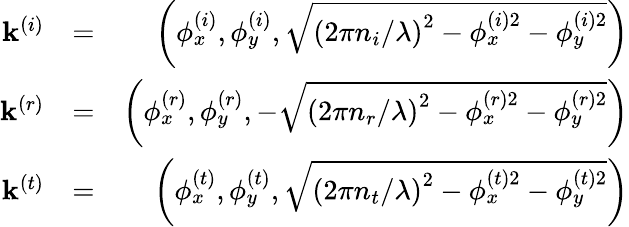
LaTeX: \begin{array}{rlr}{\mathbf{k}^{\left(i\right)}}&{=}&{\left(\phi_{x}^{\left(i\right)},\phi_{y}^{\left(i\right)},\sqrt{\left(2\pi n_{i}/\lambda\right)^{2}-\phi_{x}^{\left(i\right)2}-\phi_{y}^{\left(i\right)2}}\right)}\\ {\mathbf{k}^{\left(r\right)}}&{=}&{\left(\phi_{x}^{\left(r\right)},\phi_{y}^{\left(r\right)},-\sqrt{\left(2\pi n_{r}/\lambda\right)^{2}-\phi_{x}^{\left(r\right)2}-\phi_{y}^{\left(r\right)2}}\right)}\\ {\mathbf{k}^{\left(t\right)}}&{=}&{\left(\phi_{x}^{\left(t\right)},\phi_{y}^{\left(t\right)},\sqrt{\left(2\pi n_{t}/\lambda\right)^{2}-\phi_{x}^{\left(t\right)2}-\phi_{y}^{\left(t\right)2}}\right)}\end{array}